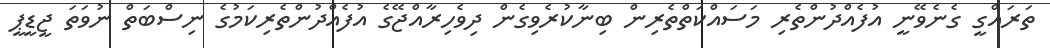
ތަރައްގީ ގެނެވޭނީ އުފެއްދުންތެރި މަސައްކަތްތެރިން ބިނާކުރެވިގެން ދިވެހިރާއްޖޭގެ އުފެއްދުންތެރިކަމުގެ ނިސްބަތް ނުވަތަ ޖީޑީޕީ